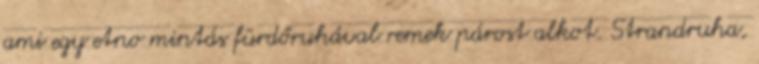
ami egy etno mintás fürdőruhával remek párost alkot. Strandruha,